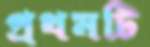
প্রথমটি